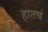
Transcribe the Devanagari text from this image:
हातचं